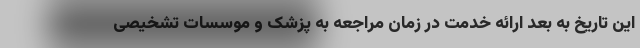
این تاریخ به بعد ارائه خدمت در زمان مراجعه به پزشک و موسسات تشخیصی